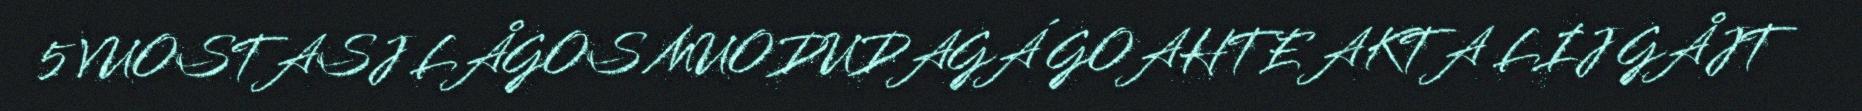
5 VUOSTASJ LÅGOS MUODUDAGÁ GOAHTE AKTA LIJ GÅJT